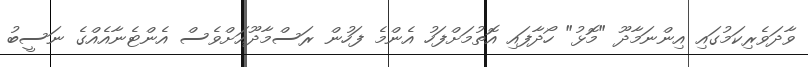
ވާދަވެރިކަމުގައި އިންނަމާދޫ "މޮޅު" ހޯދާފައި އޮތުމަށްފަހު އެންމެ ފަހުން ރަސްމާދޫއަށްވެސް އެންޓެނާއެއްގެ ނަސީބު